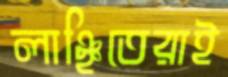
লাঞ্ছিতেরাই